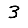
Digit: 3